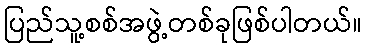
ပြည်သူ့စစ်အဖွဲ့တစ်ခုဖြစ်ပါတယ်။